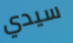
سيدي